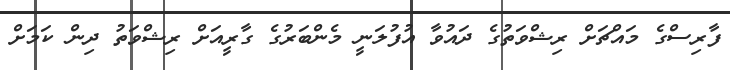
ފާރިސްގެ މައްޗަށް ރިޝްވަތުގެ ދައުވާ އުފުލަނީ މެންބަރުގެ ގާރީއަށް ރިޝްވަތު ދިން ކަމަށް